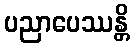
ပညာပေဿန္တိ